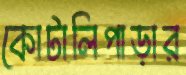
কোটালিপাড়ার